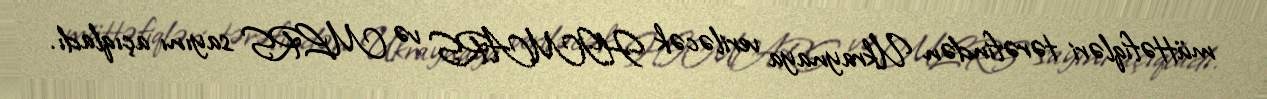
müttəfiqləri tərəfindən Ukraynaya veriləcək HIMARS və MLRS sayını açıqladı.